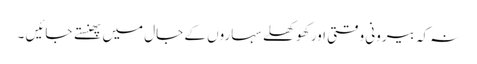
نہ کہ بیرونی وقتی اور کھوکھلے سہاروں کے جال میں پھنستے جائیں ۔